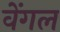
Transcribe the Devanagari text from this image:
वेंगल